画像に写った文字を読んでください
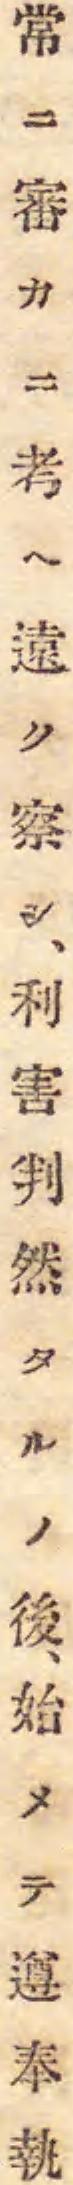
「常ニ審カニ考ヘ遠ク察シ、利害判然タルノ後、始メテ遵奉執」と書いてあります